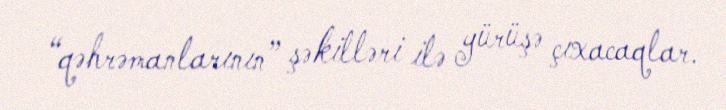
“qəhrəmanlarının” şəkilləri ilə yürüşə çıxacaqlar.